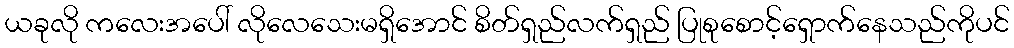
ယခုလို ကလေးအပေါ် လိုလေသေးမရှိအောင် စိတ်ရှည်လက်ရှည် ပြုစုစောင့်ရှောက်နေသည်ကိုပင်